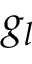
g _ { l }